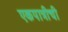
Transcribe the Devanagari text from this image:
एकपात्रीची